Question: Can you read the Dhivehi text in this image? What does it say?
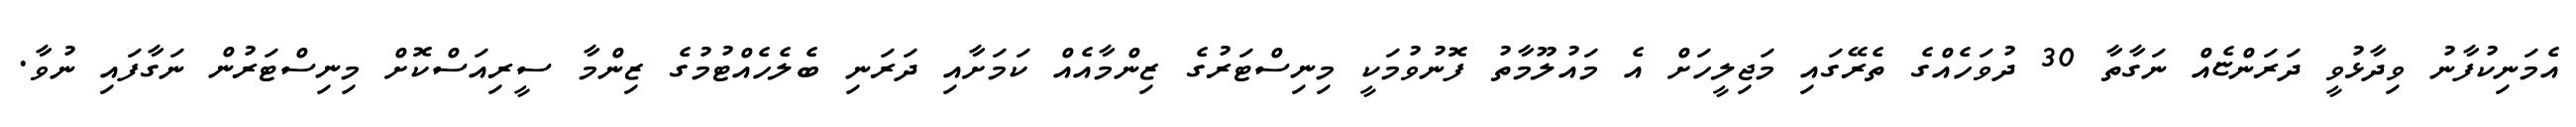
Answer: އެމަނިކުފާނު ވިދާޅުވީ ދަރަންޏެއް ނަގާތާ 30 ދުވަހެއްގެ ތެރޭގައި މަޖިލީހަށް އެ މައުލޫމާތު ފޮނުވުމަކީ މިނިސްޓަރުގެ ޒިންމާއެއް ކަމަށާއި ދަރަނި ބެލެހެއްޓުމުގެ ޒިންމާ ސީރިއަސްކޮށް މިނިސްޓަރުން ނަގާފައި ނުވާ.